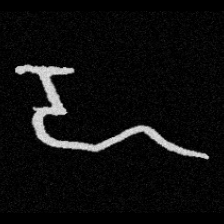
Pyu character \u2014 Myanmar letter: ဍ (romanized: dda)